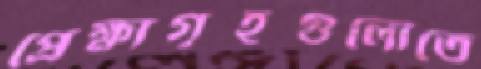
প্রেক্ষাগৃহগুলোতে